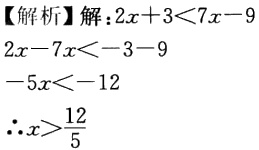
【解析】解：\(2x + 3 < 7x - 9\)

\(2x - 7x < -3 - 9\)

\(-5x < -12\)

\(\therefore x > \frac{12}{5}\)